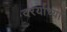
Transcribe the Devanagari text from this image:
दरर्याच्या